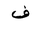
Letter: _fa